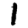
Digit: 1